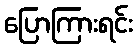
ပြောကြားရင်း